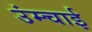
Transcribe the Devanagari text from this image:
उंम्चाई